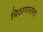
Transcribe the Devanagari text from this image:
मिठागारांना